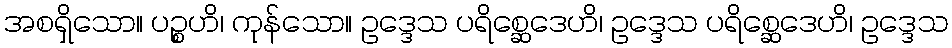
အစရှိသော။ ပဉ္စဟိ၊ ကုန်သော။ ဥဒ္ဒေသ ပရိစ္ဆေဒေဟိ၊ ဥဒ္ဒေသ ပရိစ္ဆေဒေဟိ၊ ဥဒ္ဒေသ